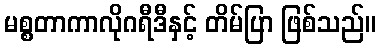
မစ္စတာကာလိုဂရီဒီနှင့် တိမ်ပြာ ဖြစ်သည်။